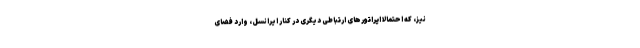
نیز، که احتمالاً اپراتورهای ارتباطی دیگری در کنار ایرانسل، وارد فضای